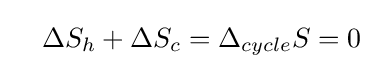
\ \ \ \Delta S_{h}+\Delta S_{c}=\Delta _{cycle}S=0